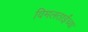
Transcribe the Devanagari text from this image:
विमलताईंच्या